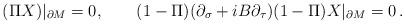
LaTeX: \begin{align*}(\Pi X)|_{\partial M}=0,\qquad (1-\Pi)(\partial_\sigma +iB\partial_\tau ) (1-\Pi )X |_{\partial M}=0 \,.\end{align*}